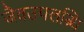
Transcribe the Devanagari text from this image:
जैवउपलब्धि